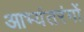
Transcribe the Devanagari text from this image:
आभ्यंतरंगों